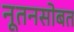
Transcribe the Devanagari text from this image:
नूतनसोबत